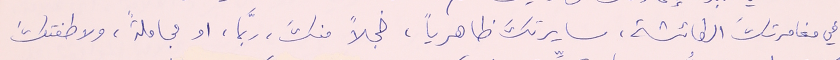
في مغامرتكَ الطائشة، سايرتكَ ظاهرياً، خجلاً منكَ، ربَّما، او مجاملةً ولاطفتكَ